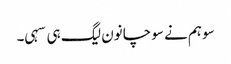
سو ہم نے سوچا نون لیگ ہی سہی۔